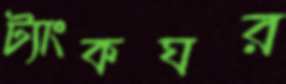
ট্যাংকঘর